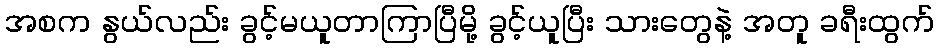
အစက နွယ်လည်း ခွင့်မယူတာကြာပြီမို့ ခွင့်ယူပြီး သားတွေနဲ့ အတူ ခရီးထွက်